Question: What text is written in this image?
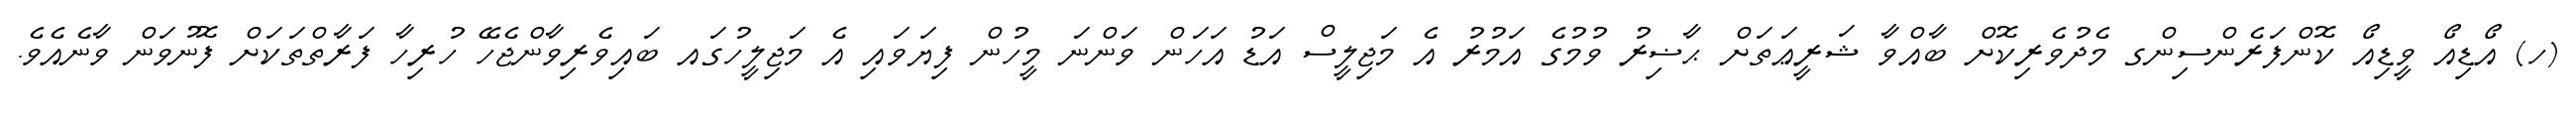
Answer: (ހ) އޯޑިއޯ ވީޑިއޯ ކޮންފަރެންސިންގ މެދުވެރިކޮށް ބާއްވާ ޝަރީޢަތަށް ޙާޟިރު ވުމުގެ އަމުރު އެ މަޖިލީސް އަޑު އަހަން ވަންނަ މީހުން ފިޔަވައި އެ މަޖިލީހުގައ ބައިވެރިވާންޖެހޭ ހުރިހާ ފަރާތްތަކަށް ފޮނުވަން ވާނެއެވެ.